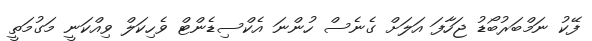
ފޭކު ނަމްބަރުބޯޑު ޖަހާފަ އަލަށް ގެނެސް ހުންނަ އެކްސިޑެންޓް ވެހިކަލް ވިއްކަނީ މަގުމަތީ